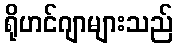
ရိုဟင်ဂျာများသည်